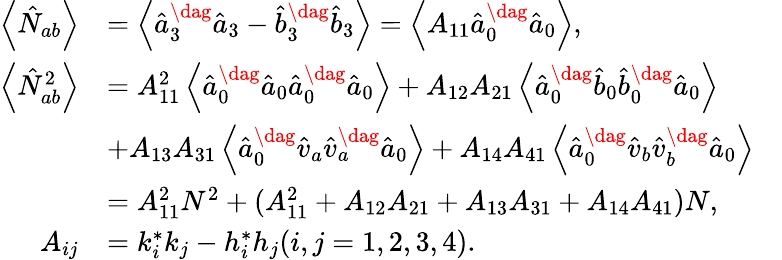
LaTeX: \begin{array}{rlr}{\left\langle\hat{N}_{ab}\right\rangle}&{=\left\langle\hat{a}_{3}^{\dag}\hat{a}_{3}-\hat{b}_{3}^{\dag}\hat{b}_{3}\right\rangle=\left\langle A_{11}\hat{a}_{0}^{\dag}\hat{a}_{0}\right\rangle,}&\\ {\left\langle\hat{N}_{ab}^{2}\right\rangle}&{=A_{11}^{2}\left\langle\hat{a}_{0}^{\dag}\hat{a}_{0}\hat{a}_{0}^{\dag}\hat{a}_{0}\right\rangle+A_{12}A_{21}\left\langle\hat{a}_{0}^{\dag}\hat{b}_{0}\hat{b}_{0}^{\dag}\hat{a}_{0}\right\rangle}&\\ &{+A_{13}A_{31}\left\langle\hat{a}_{0}^{\dag}\hat{v}_{a}\hat{v}_{a}^{\dag}\hat{a}_{0}\right\rangle+A_{14}A_{41}\left\langle\hat{a}_{0}^{\dag}\hat{v}_{b}\hat{v}_{b}^{\dag}\hat{a}_{0}\right\rangle}&\\ &{=A_{11}^{2}N^{2}+(A_{11}^{2}+A_{12}A_{21}+A_{13}A_{31}+A_{14}A_{41})N,}&\\ {A_{ij}}&{=k_{i}^{\ast}k_{j}-h_{i}^{\ast}h_{j}(i,j=1,2,3,4).}&\end{array}